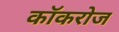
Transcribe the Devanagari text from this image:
कॉकरोज